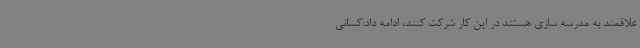
علاقمند به مدرسه سازی هستند در این کار شرکت کنند، ادامه داد:کسانی